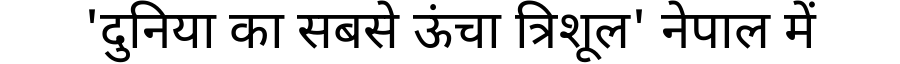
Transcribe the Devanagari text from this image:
'दुनिया का सबसे ऊंचा त्रिशूल' नेपाल में